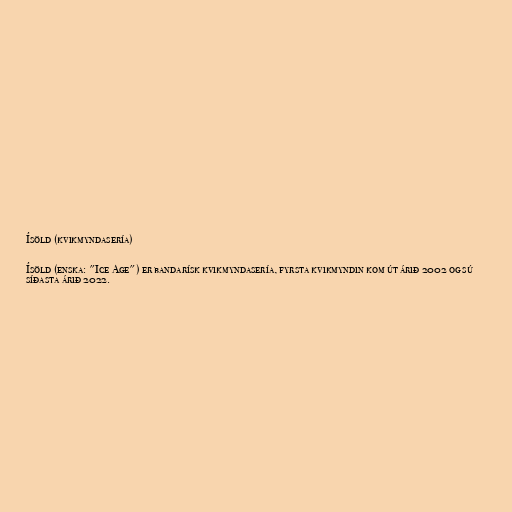
Ísöld (kvikmyndasería)

Ísöld (enska: "Ice Age") er bandarísk kvikmyndasería, fyrsta kvikmyndin kom út árið 2002 og sú
síðasta árið 2022.